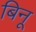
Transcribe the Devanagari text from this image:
बिनू